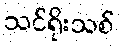
သင်ရိုးသစ်